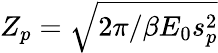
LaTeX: Z_{p}=\sqrt{2\pi/\beta E_{0}s_{p}^{2}}